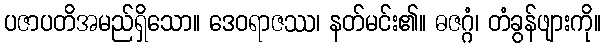
ပဇာပတိအမည်ရှိသော။ ဒေဝရာဇဿ၊ နတ်မင်း၏။ ဓဇဂ္ဂံ၊ တံခွန်ဖျားကို။